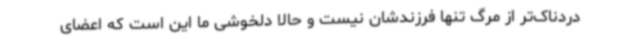
دردناک‌تر از مرگ تنها فرزندشان نیست و حالا دلخوشی ما این است که اعضای